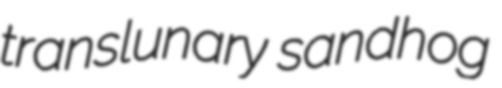
translunary sandhog